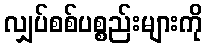
လျှပ်စစ်ပစ္စည်းများကို